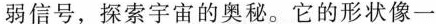
弱信号，探索宇宙的奥秘。它的形状像一